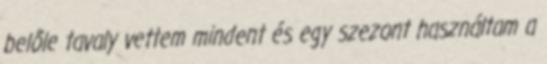
belőle tavaly vettem mindent és egy szezont használtam a